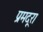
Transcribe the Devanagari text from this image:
प्रमदूरा